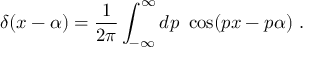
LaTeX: \delta ( x - \alpha ) = { \frac { 1 } { 2 \pi } } \int _ { - \infty } ^ { \infty } d p \ \cos ( p x - p \alpha ) \ .